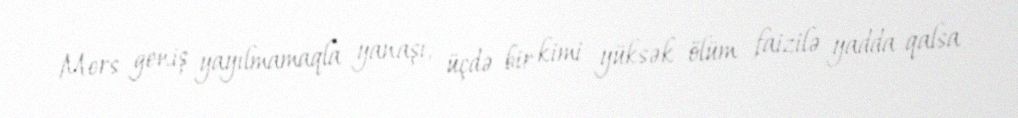
Mers geniş yayılmamaqla yanaşı, üçdə bir kimi yüksək ölüm faizilə yadda qalsa